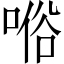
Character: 𠸘